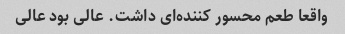
واقعا طعم محسور کننده‌ای داشت. عالی بود عالی